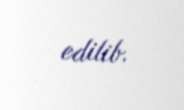
edilib.